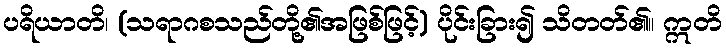
ပရိယာတိ၊ (သရာဂစသည်တို့၏အဖြစ်ဖြင့်) ပိုင်းခြား၍ သိတတ်၏။ ဣတိ